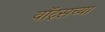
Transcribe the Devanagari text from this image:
वॉट्सच्या